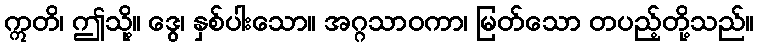
ဣတိ၊ ဤသို့။ ဒွေ၊ နှစ်ပါးသော။ အဂ္ဂသာဝကာ၊ မြတ်သော တပည့်တို့သည်။